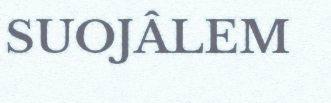
SUOJÂLEM